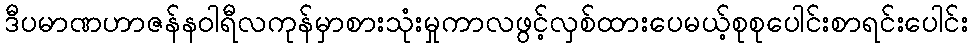
ဒီပမာဏဟာဇန်နဝါရီလကုန်မှာစားသုံးမှုကာလဖွင့်လှစ်ထားပေမယ့်စုစုပေါင်းစာရင်းပေါင်း